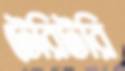
টেরিটরি